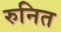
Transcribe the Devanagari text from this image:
रुनित